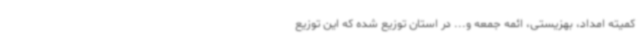
کمیته امداد، بهزیستی، ائمه جمعه و... در استان توزیع شده که این توزیع